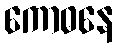
ကောဓနေ